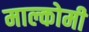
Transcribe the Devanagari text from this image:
माल्कोमी